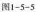
图1-5-5